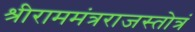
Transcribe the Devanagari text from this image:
श्रीराममंत्रराजस्तोत्रं